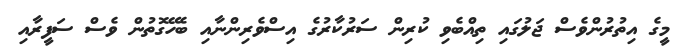
މީގެ އިތުރުންވެސް ޖަލުގައި ތިއްބެވި ކުރިން ސަރުކާރުގެ އިސްވެރިންނާއި ބެހޭގޮތުން ވެސް ސަފީރާއި